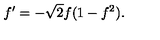
f ^ { \prime } = - \sqrt { 2 } f ( 1 - f ^ { 2 } ) .